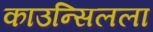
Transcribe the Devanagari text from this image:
काउन्सिलला